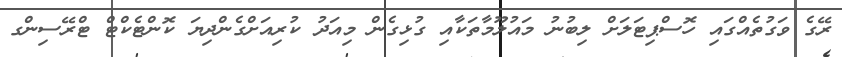
ރޭގެ ވަގުތެއްގައި ހޮސްޕިޓަލަށް ލިބުނު މައުލޫމާތަކާއި ގުޅިގެން މިއަދު ކުރިއަށްގެންދިޔަ ކޮންޓެކްޓް ޓްރޭސިންގ